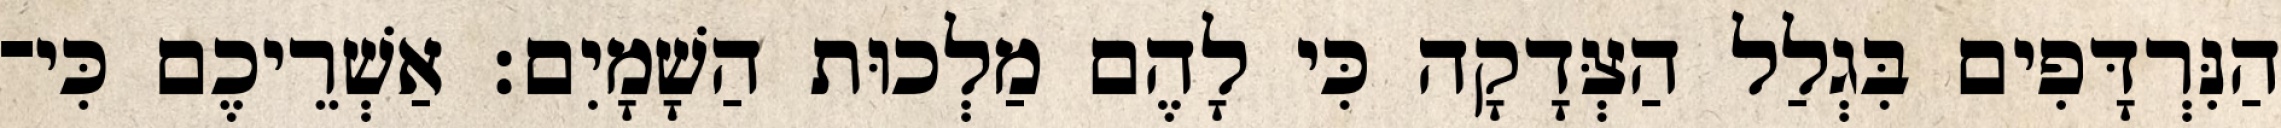
הַנִּרְדָּפִים בִּגְלַל הַצְּדָקָה כִּי לָהֶם מַלְכוּת הַשָׁמָיִם׃ אַשְׁרֵיכֶם כִּי־